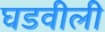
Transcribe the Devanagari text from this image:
घडवीली